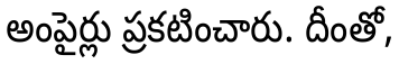
అంపైర్లు ప్రకటించారు. దీంతో,